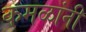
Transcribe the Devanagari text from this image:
कमळांनी